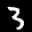
Label: 3